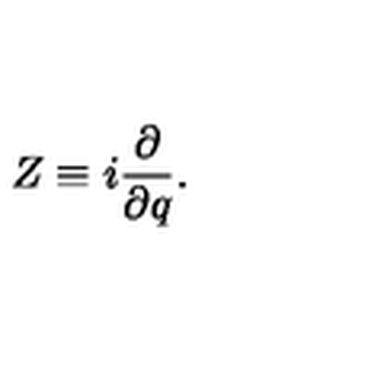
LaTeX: Z \equiv i \frac { \partial } { \partial q } .